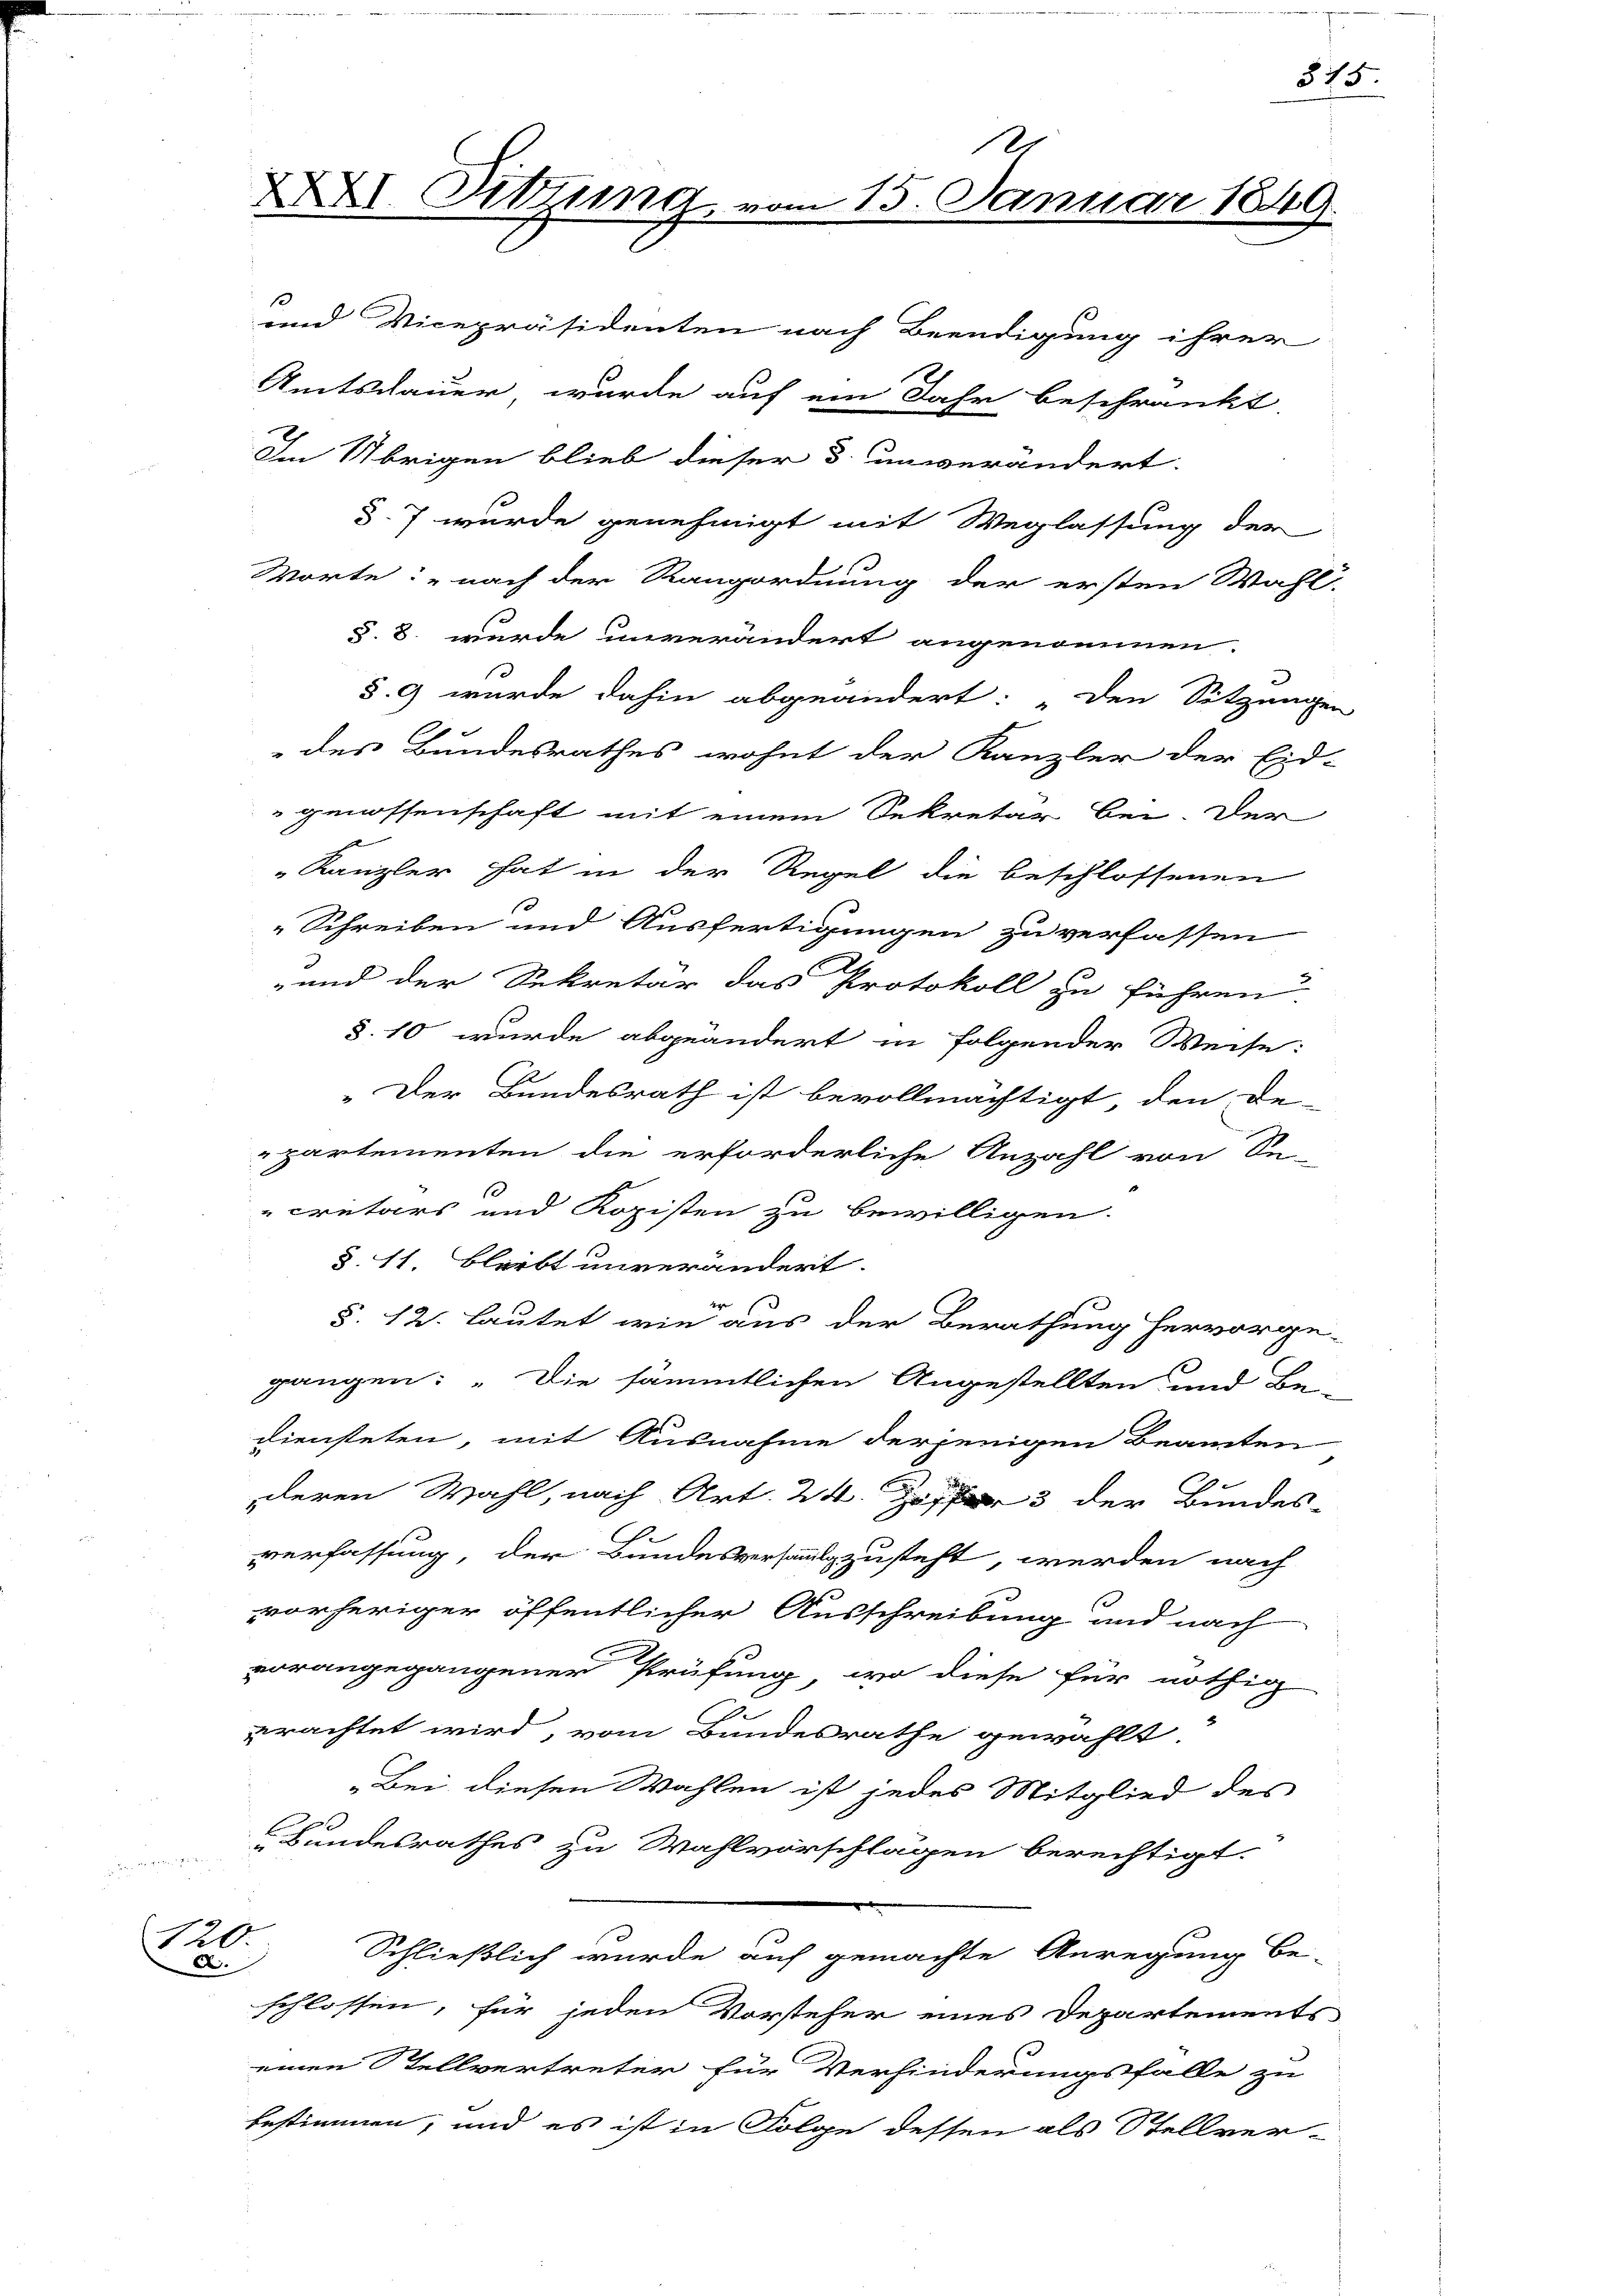
120.
D

XXXI Sitzung

13
und Vicepräsidenten nach Beendigung ihrer
Amtsdauer wurde auf ein Jahr beschränkt
Im Übrigen blieb dieser 3. unverändert.
d. 7 wurde genehmigt mit Weglassung der
Worte: „nach der Rangordnung der ersten Wahl-
§. 8. wurde unverändert angenommen.
§.9 wurde dahin abgeändert: „Den Sitzungen
des Bundesrathes wohnt der Kanzler der Eid-
genossenschaft mit einem Sekretär bei. Der
Kanzler hat in der Regel die beschlossenen
Schreiben und Ausfertigungen zu verfassen
und der Sekretär das Protokoll zu führen.
§.10 wurde abgeändert in folgender Weise:
Je
„Der Bundesrath ist bevollmächtigt, den De-
partementen die erforderliche Anzahl von Se-
cretärs und Kopisten zu bewilligen.
§. 11. Bleibt unverändert.
§. 12. lautet wie aus der Berathung hervorge-
gangen: „Die sämmtlichen Angestellten und Be-
diensteten, mit Ausnahme derjenigen Beamten
dderen Wahl, nach Art. 243 der Bundes-
verfassung, der Bundesversammtzusteht, werden nach
vorheriger öffentlicher Ausschreibung und nach
vorangegangener Prüfung, wo diese für nöthig
erachtet wird, vom Bundesrathe gewählt.
„Bei diesen Wahlen ist jedes Mitglied des
Bundesrathes zu Wahlvorschlägen berechtigt.
Schließlich wurde auf gemachte Anregung be-
schlossen, für jeden Vorsteher eines Departements
einen Stellvertreter für Verhinderungsfalle zu
bestimmen, und es ist in Folge dessen als Stellver-

d
15. Januar 1849.

375.